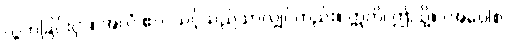
လွတ်ခြင်းငှာ။ အလံ ဧဝ၊ သင့်သည်သာလျှင်တည်း။ ဣတိ၊ ဤသို့။ (အဝေါစ၊